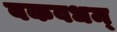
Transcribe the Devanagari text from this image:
बकवधम्